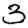
Digit: 3